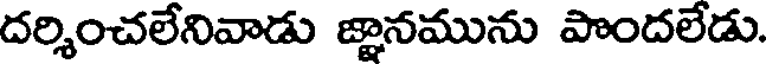
దర్శించలేనివాడు జ్ఞానమును పొందలేడు.